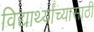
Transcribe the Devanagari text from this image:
विद्यार्थ्यांच्यासाठी